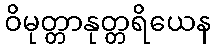
ဝိမုတ္တာနုတ္တရိယေန